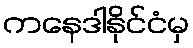
ကနေဒါနိုင်ငံမှ